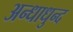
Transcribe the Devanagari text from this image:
अन्धाधुन्द